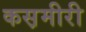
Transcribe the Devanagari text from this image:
कस़मीरी